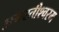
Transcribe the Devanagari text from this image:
अगस्तीश्वरम